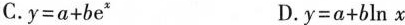
C. $$y = a + b e ^ { x } D. $$y = a + b ln x$$